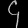
Digit: ၄